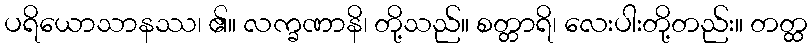
ပရိယောသာနဿ၊ ၏။ လက္ခဏာနိ၊ တို့သည်။ စတ္တာရိ၊ လေးပါးတို့တည်း။ တတ္ထ